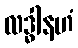
လဒ္ဓါနဟံ